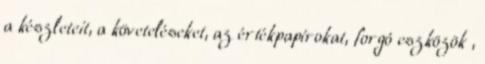
a készleteit, a követeléseket, az értékpapírokat, forgó eszközök ,